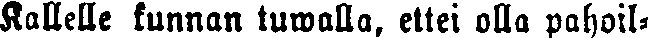
Kallelle kunnan tuwalla, ettei olla pahoil-